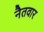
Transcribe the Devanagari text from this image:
नैतवार